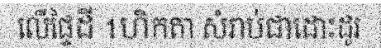
លើផ្ទៃដី 1ហិកតា សំរាប់ជាដោះដូរ